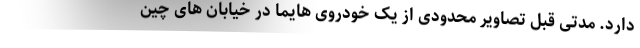
دارد. مدتی قبل تصاویر محدودی از یک خودروی هایما در خیابان های چین